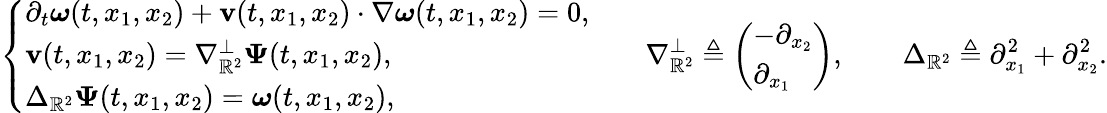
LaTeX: \left\{ \begin{array}{ll}{\partial_{t}\boldsymbol{\omega}(t,x_{1},x_{2})+\mathbf{v}(t,x_{1},x_{2})\cdot\nabla\boldsymbol{\omega}(t,x_{1},x_{2})=0,}\\ {\mathbf{v}(t,x_{1},x_{2})=\nabla_{\mathbb{R}^{2}}^{\perp}\boldsymbol{\Psi}(t,x_{1},x_{2}),}\\ {\Delta_{\mathbb{R}^{2}}\boldsymbol{\Psi}(t,x_{1},x_{2})=\boldsymbol{\omega}(t,x_{1},x_{2}),}\end{array}\right.\qquad\nabla_{\mathbb{R}^{2}}^{\perp}\triangleq\left(\begin{array}{l}{-\partial_{x_{2}}}\\ {\partial_{x_{1}}}\end{array}\right),\qquad\Delta_{\mathbb{R}^{2}}\triangleq\partial_{x_{1}}^{2}+\partial_{x_{2}}^{2}.